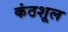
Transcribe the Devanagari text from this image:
कंठशूल